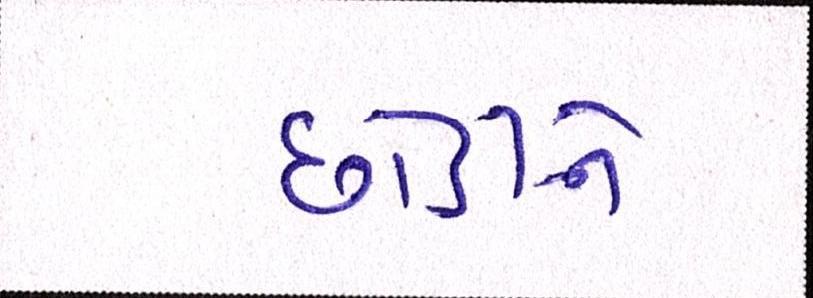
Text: છોડીને